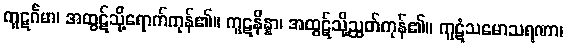
ကူဋင်္ဂမာ၊ အထွဋ်သို့ရောက်ကုန်၏။ ကူဋနိန္နာ၊ အထွဋ်သို့ညွတ်ကုန်၏။ ကူဋံသမောသရဏာ၊